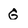
Character: G